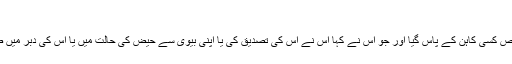
(ابو داؤد: 2162)
ابو ہریرہ رضی اللہ عنہ سے روایت ہے رسول اللہ صلی اللہ علیہ وسلم نے فرمایا: "جو شخص کسی کاہن کے پاس گیا اور جو اس نے کہا اس نے اس کی تصدیق کی یا اپنی بیوی سے حیض کی حالت میں یا اس کی دبر میں صحبت کی تو اس نے اس دین سے برأت کر دی جو محمد صلی اللہ علیہ وسلم پر نازل ہوا"۔